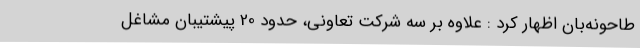
طاحونه‌بان اظهار کرد : علاوه بر سه شرکت تعاونی، حدود 20 پیشتیبان مشاغل